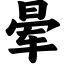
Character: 晕